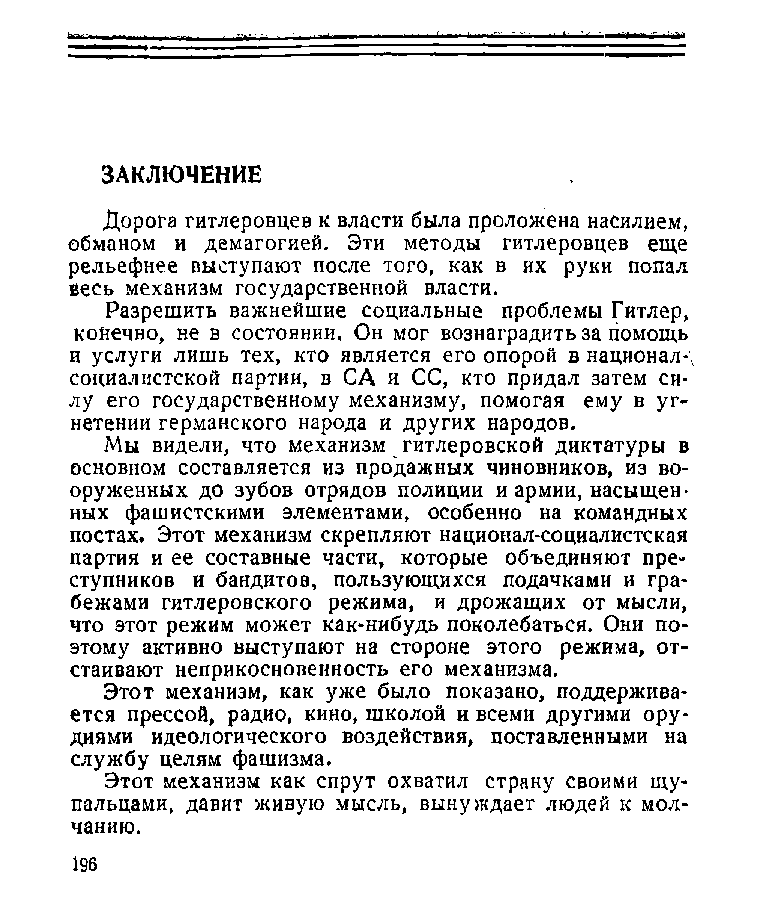
ЗАКЛЮЧЕНИЕ
 Дорога гитлеровцев к власти была проложена насилием,
 обманом и демагогией. Эти методы гитлеровцев еще
 рельефнее выступают после того, как в их руки попал
 весь механизм государственной власти.
 Разрешить важнейшие социальные проблемы Гитлер,
 конечно, не в состоянии. Он мог вознаградить за помощь
 и услуги лишь тех, кто является его опорой в национал-;
 социалистской партии, в СА и СС, кто придал затем си­
 лу его государственному механизму, помогая ему в уг­
 нетении германского народа и других народов.
 Мы видели, что механизм гитлеровской диктатуры в
 основном составляется из продажных чиновников, из во­
 оруженных до зубов отрядов полиции и армии, насыщен­
 ных фашистскими элементами, особенно на командных
 постах. Этот механизм скрепляют национал-социалистская
 партия и ее составные части, которые объединяют пре­
 ступников и бандитов, пользующихся подачками и гра­
 бежами гитлеровского режима, и дрожащих от мысли,
 что этот режим может как-нибудь поколебаться. Они по­
 этому активно выступают на стороне этого режима, от­
 стаивают неприкосновенность его механизма.
 Этот механизм, как уже было показано, поддержива­
 ется прессой, радио, кино, школой и всеми другими ору­
 диями идеологического воздействия, поставленными на
 службу целям фашизма.
 Этот механизм как спрут охватил страну своими щу­
 пальцами, давит живую мысль, вынуждает людей к мол­
 чанию.
 196